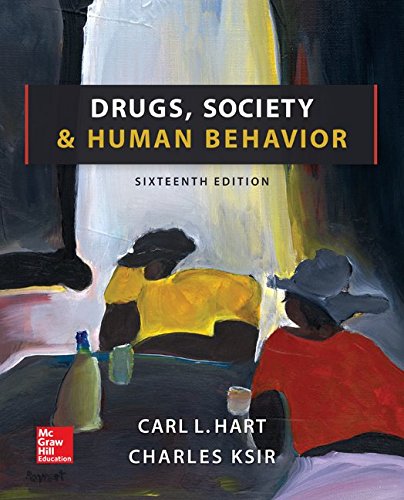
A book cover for Drugs, Society, and Human Behavior; Carl Hart; Health, Fitness & Dieting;